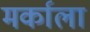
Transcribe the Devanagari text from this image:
मर्काला